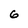
Character: 6